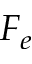
F _ { e }